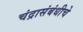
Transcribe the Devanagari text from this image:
चंद्रासंबंधीचे